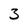
Character: 3